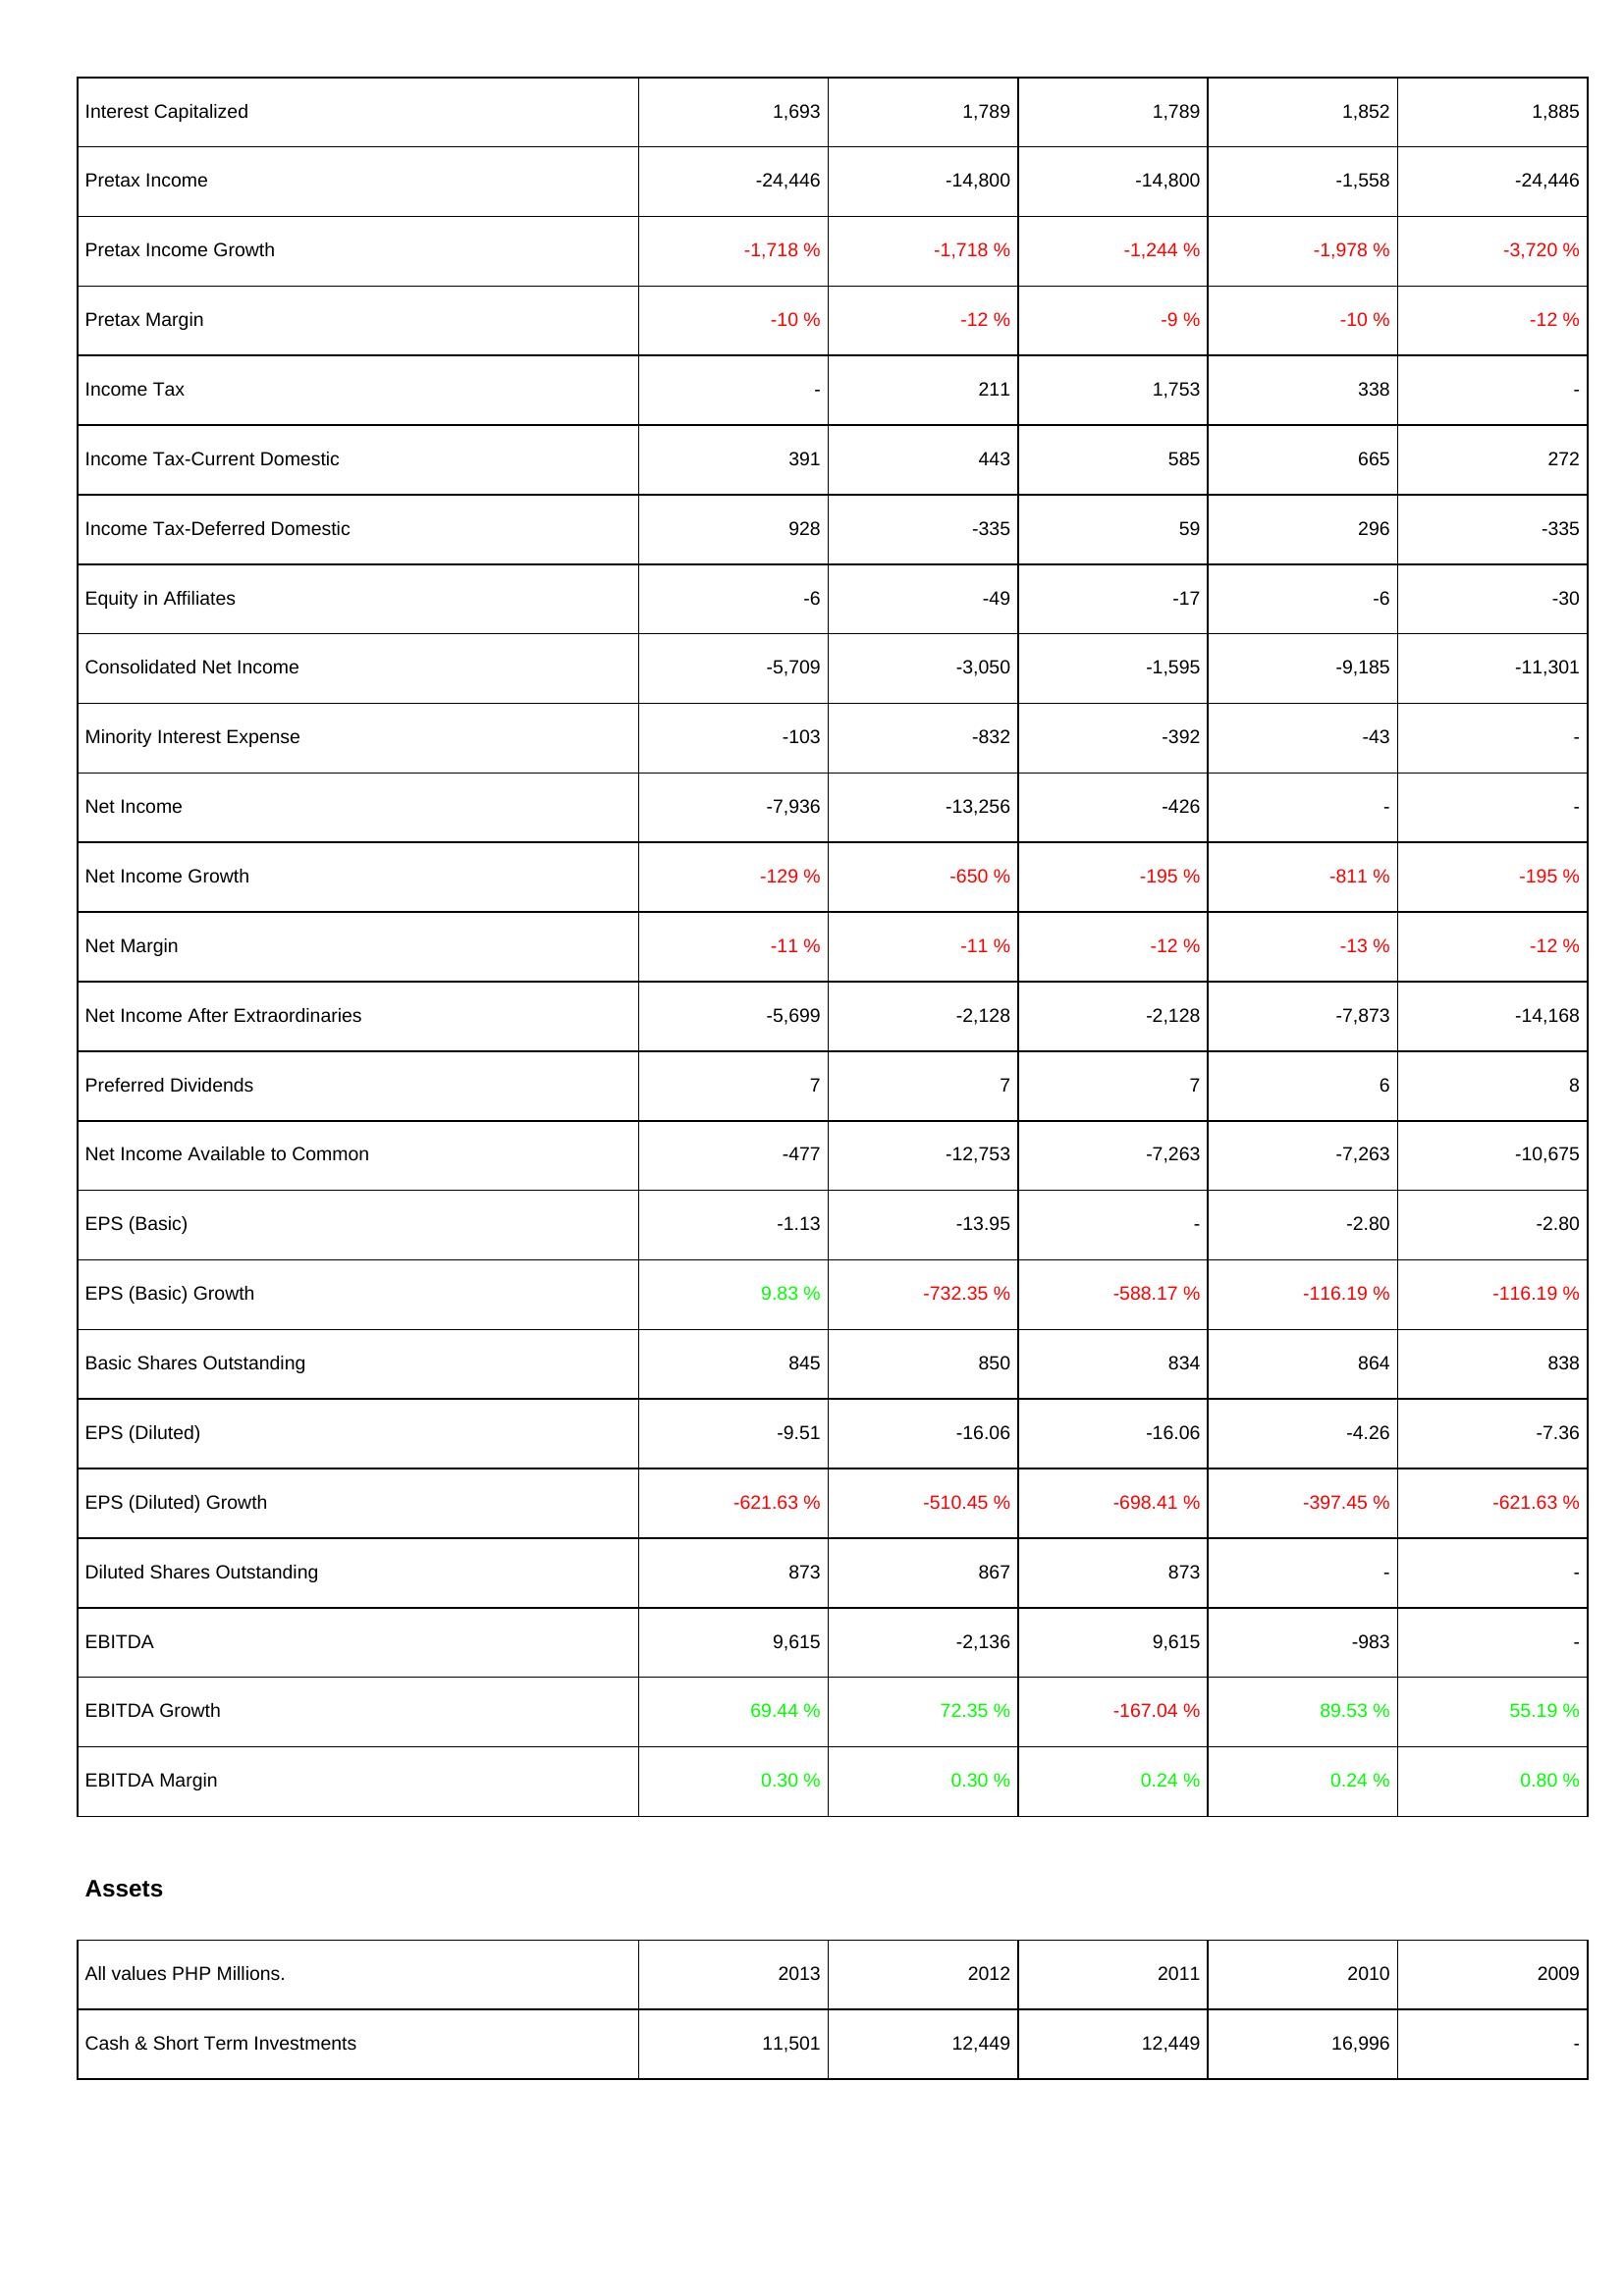
2013: Income Statement: Interest Capitalized: 1,693
Pretax Income: -24,446
Pretax Income Growth: -1,718 %
Pretax Margin: -10 %
Income Tax: -
Income Tax-Current Domestic: 391
Income Tax-Deferred Domestic: 928
Equity in Affiliates: -6
Consolidated Net Income: -5,709
Minority Interest Expense: -103
Net Income: -7,936
Net Income Growth: -129 %
Net Margin: -11 %
Net Income After Extraordinaries: -5,699
Preferred Dividends: 7
Net Income Available to Common: -477
EPS (Basic): -1.13
EPS (Basic) Growth: 9.83 %
Basic Shares Outstanding: 845
EPS (Diluted): -9.51
EPS (Diluted) Growth: -621.63 %
Diluted Shares Outstanding: 873
EBITDA: 9,615
EBITDA Growth: 69.44 %
EBITDA Margin: 0.30 %
Assets: Cash & Short Term Investments: 11,501
2012: Income Statement: Interest Capitalized: 1,789
Pretax Income: -14,800
Pretax Income Growth: -1,718 %
Pretax Margin: -12 %
Income Tax: 211
Income Tax-Current Domestic: 443
Income Tax-Deferred Domestic: -335
Equity in Affiliates: -49
Consolidated Net Income: -3,050
Minority Interest Expense: -832
Net Income: -13,256
Net Income Growth: -650 %
Net Margin: -11 %
Net Income After Extraordinaries: -2,128
Preferred Dividends: 7
Net Income Available to Common: -12,753
EPS (Basic): -13.95
EPS (Basic) Growth: -732.35 %
Basic Shares Outstanding: 850
EPS (Diluted): -16.06
EPS (Diluted) Growth: -510.45 %
Diluted Shares Outstanding: 867
EBITDA: -2,136
EBITDA Growth: 72.35 %
EBITDA Margin: 0.30 %
Assets: Cash & Short Term Investments: 12,449
2011: Income Statement: Interest Capitalized: 1,789
Pretax Income: -14,800
Pretax Income Growth: -1,244 %
Pretax Margin: -9 %
Income Tax: 1,753
Income Tax-Current Domestic: 585
Income Tax-Deferred Domestic: 59
Equity in Affiliates: -17
Consolidated Net Income: -1,595
Minority Interest Expense: -392
Net Income: -426
Net Income Growth: -195 %
Net Margin: -12 %
Net Income After Extraordinaries: -2,128
Preferred Dividends: 7
Net Income Available to Common: -7,263
EPS (Basic): -
EPS (Basic) Growth: -588.17 %
Basic Shares Outstanding: 834
EPS (Diluted): -16.06
EPS (Diluted) Growth: -698.41 %
Diluted Shares Outstanding: 873
EBITDA: 9,615
EBITDA Growth: -167.04 %
EBITDA Margin: 0.24 %
Assets: Cash & Short Term Investments: 12,449
2010: Income Statement: Interest Capitalized: 1,852
Pretax Income: -1,558
Pretax Income Growth: -1,978 %
Pretax Margin: -10 %
Income Tax: 338
Income Tax-Current Domestic: 665
Income Tax-Deferred Domestic: 296
Equity in Affiliates: -6
Consolidated Net Income: -9,185
Minority Interest Expense: -43
Net Income: -
Net Income Growth: -811 %
Net Margin: -13 %
Net Income After Extraordinaries: -7,873
Preferred Dividends: 6
Net Income Available to Common: -7,263
EPS (Basic): -2.80
EPS (Basic) Growth: -116.19 %
Basic Shares Outstanding: 864
EPS (Diluted): -4.26
EPS (Diluted) Growth: -397.45 %
Diluted Shares Outstanding: -
EBITDA: -983
EBITDA Growth: 89.53 %
EBITDA Margin: 0.24 %
Assets: Cash & Short Term Investments: 16,996
2009: Income Statement: Interest Capitalized: 1,885
Pretax Income: -24,446
Pretax Income Growth: -3,720 %
Pretax Margin: -12 %
Income Tax: -
Income Tax-Current Domestic: 272
Income Tax-Deferred Domestic: -335
Equity in Affiliates: -30
Consolidated Net Income: -11,301
Minority Interest Expense: -
Net Income: -
Net Income Growth: -195 %
Net Margin: -12 %
Net Income After Extraordinaries: -14,168
Preferred Dividends: 8
Net Income Available to Common: -10,675
EPS (Basic): -2.80
EPS (Basic) Growth: -116.19 %
Basic Shares Outstanding: 838
EPS (Diluted): -7.36
EPS (Diluted) Growth: -621.63 %
Diluted Shares Outstanding: -
EBITDA: -
EBITDA Growth: 55.19 %
EBITDA Margin: 0.80 %
Assets: Cash & Short Term Investments: -